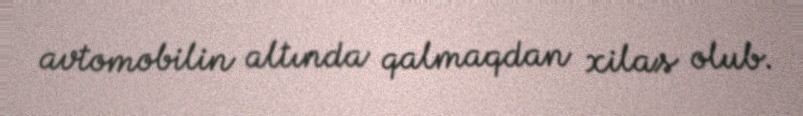
avtomobilin altında qalmaqdan xilas olub.